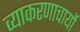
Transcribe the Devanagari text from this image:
व्याकरणाचार्यो